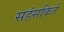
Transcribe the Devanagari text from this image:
सहंसकिर्त